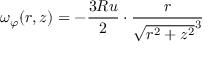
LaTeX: \omega _ { \varphi } ( r , z ) = - { \frac { 3 R u } { 2 } } \cdot { \frac { r } { { \sqrt { r ^ { 2 } + z ^ { 2 } } } ^ { 3 } } }